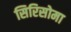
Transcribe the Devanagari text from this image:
सिरिसोमा